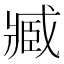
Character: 臧